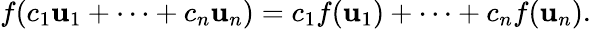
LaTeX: f(c_{1}\mathbf{u}_{1}+\cdots+c_{n}\mathbf{u}_{n})=c_{1}f(\mathbf{u}_{1})+\cdots+c_{n}f(\mathbf{u}_{n}).